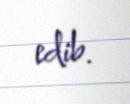
edib.